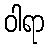
ဝါရာ